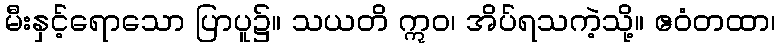
မီးနှင့်ရောသော ပြာပူ၌။ သယတိ ဣဝ၊ အိပ်ရသကဲ့သို့။ ဧဝံတထာ၊